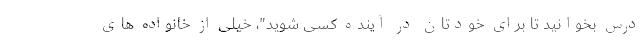
درس بخوانید تا برای خودتان در آینده کسی شوید"، خیلی از خانواده های